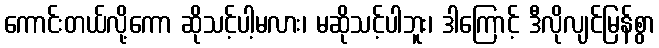
ကောင်းတယ်လို့ကော ဆိုသင့်ပါ့မလား၊ မဆိုသင့်ပါဘူး၊ ဒါကြောင့် ဒီလိုလျင်မြန်စွာ